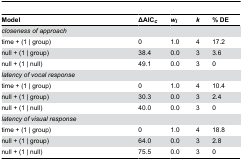
<table><thead><tr><td><b>Model</b></td><td><b>ΔAIC<sub><i>c</i></sub></b></td><td><b><i>w<sub>i</sub></i></b></td><td><b><i>k</i></b></td><td><b>% DE</b></td></tr></thead><tbody><tr><td><i>closeness of approach</i></td><td></td><td></td><td></td><td></td></tr><tr><td>time + (1 | group)</td><td>0</td><td>1.0</td><td>4</td><td>17.2</td></tr><tr><td>null + (1 | group)</td><td>38.4</td><td>0.0</td><td>3</td><td>3.6</td></tr><tr><td>null + (1 | null)</td><td>49.1</td><td>0.0</td><td>3</td><td>0</td></tr><tr><td><i>latency of vocal response</i></td><td></td><td></td><td></td><td></td></tr><tr><td>time + (1 | group)</td><td>0</td><td>1.0</td><td>4</td><td>10.4</td></tr><tr><td>null + (1 | group)</td><td>30.3</td><td>0.0</td><td>3</td><td>2.4</td></tr><tr><td>null + (1 | null)</td><td>40.0</td><td>0.0</td><td>3</td><td>0</td></tr><tr><td><i>latency of visual response</i></td><td></td><td></td><td></td><td></td></tr><tr><td>time + (1 | group)</td><td>0</td><td>1.0</td><td>4</td><td>18.8</td></tr><tr><td>null + (1 | group)</td><td>64.0</td><td>0.0</td><td>3</td><td>2.8</td></tr><tr><td>null + (1 | null)</td><td>75.5</td><td>0.0</td><td>3</td><td>0</td></tr></tbody></table>